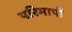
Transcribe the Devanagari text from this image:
परिमापी